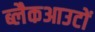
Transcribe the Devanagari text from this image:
ब्लैकआउटों